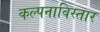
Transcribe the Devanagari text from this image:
कल्पनाविस्तार